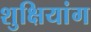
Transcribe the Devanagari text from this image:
शुक्षियांग